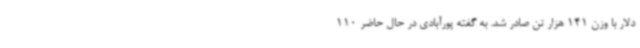
دلار با وزن 141 هزار تن صادر شد. به گفته پورآبادی در حال حاضر 110